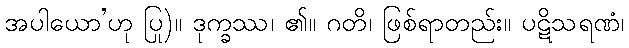
အပါယော’ဟု ပြု)။ ဒုက္ခဿ၊ ၏။ ဂတိ၊ ဖြစ်ရာတည်း။ ပဋိသရဏံ၊